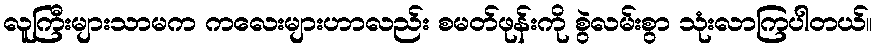
လူကြီးများသာမက ကလေးများဟာလည်း စမတ်ဖုန်းကို စွဲလမ်းစွာ သုံးလာကြပါတယ်။